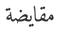
مقايضة